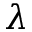
\lambda